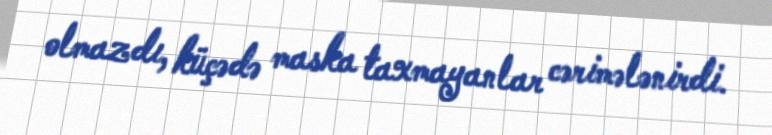
olmazdı, küçədə maska taxmayanlar cərimələnirdi.